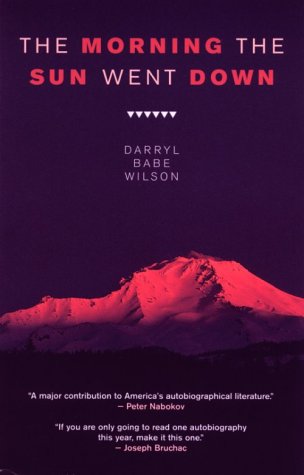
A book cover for Morning the Sun Went Down, The; Darryl Babe Wilson; Biographies & Memoirs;